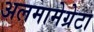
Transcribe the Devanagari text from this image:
अलमामेग्रेटा